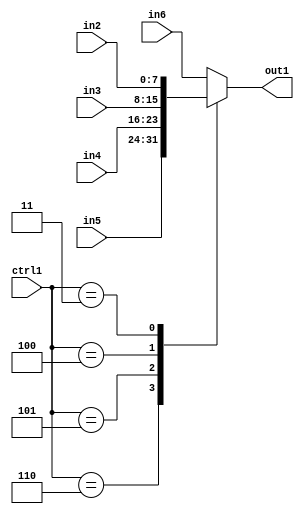
`timescale 1ps / 1ps
/*****************************************************************************
    Verilog RTL Description
    
    
    Created by: Stratus DpOpt 2019.1.01 
*******************************************************************************/

module dut_N_Mux_8_5_10_4 (
	in6,
	in5,
	in4,
	in3,
	in2,
	ctrl1,
	out1
	); /* architecture "behavioural" */ 
input [7:0] in6,
	in5,
	in4,
	in3,
	in2;
input [2:0] ctrl1;
output [7:0] out1;
wire [7:0] asc001;

reg [7:0] asc001_tmp_0;
assign asc001 = asc001_tmp_0;
always @ (ctrl1 or in5 or in4 or in3 or in2 or in6) begin
	case (ctrl1)
		3'B110 : asc001_tmp_0 = in5 ;
		3'B101 : asc001_tmp_0 = in4 ;
		3'B100 : asc001_tmp_0 = in3 ;
		3'B011 : asc001_tmp_0 = in2 ;
		default : asc001_tmp_0 = in6 ;
	endcase
end

assign out1 = asc001;
endmodule

/* CADENCE  vrD4TAw= : u9/ySgnWtBlWxVPRXgAZ4Og= ** DO NOT EDIT THIS LINE ******/